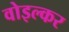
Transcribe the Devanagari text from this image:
वोइल्कर